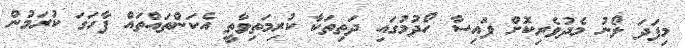
މިފަދަ ލޯނު މެދުވެރިކޮށް ފައިސާ ހޯދުމުގައި ދަތިތަކާ ކުރިމަތިވާތީ އެކަންތައްތައް ފާހަގަ ކުރަމުން